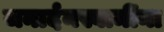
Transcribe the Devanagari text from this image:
जनार्दनस्वामींना